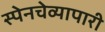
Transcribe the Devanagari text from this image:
स्पेनचेव्यापारी